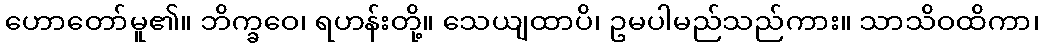
ဟောတော်မူ၏။ ဘိက္ခဝေ၊ ရဟန်းတို့။ သေယျထာပိ၊ ဥမပါမည်သည်ကား။ သာသိဝထိကာ၊